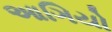
આગિયો